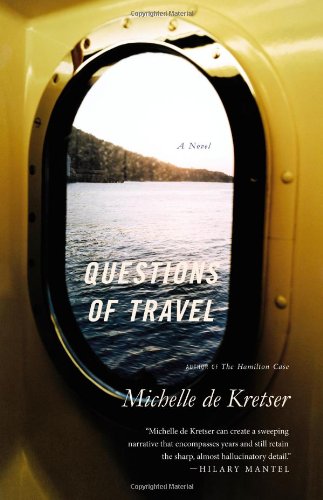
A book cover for Questions of Travel: A Novel; Michelle de Kretser; Travel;